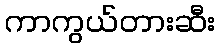
ကာကွယ်တားဆီး